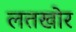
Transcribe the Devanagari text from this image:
लतखोर